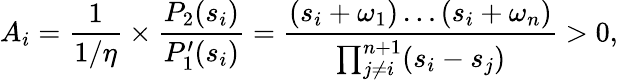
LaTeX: A_{i}=\frac{1}{1/\eta}\times\frac{P_{2}(s_{i})}{P_{1}^{\prime}(s_{i})}=\frac{(s_{i}+\omega_{1})\ldots(s_{i}+\omega_{n})}{\prod_{j\ne i}^{n+1}(s_{i}-s_{j})}>0,